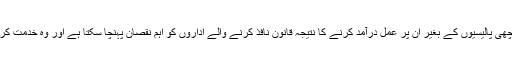
ان کی حمایت کے لئے اچھی پالیسیوں کے بغیر ان پر عمل درآمد کرنے کا نتیجہ قانون نافذ کرنے والے اداروں کو اہم نقصان پہنچا سکتا ہے اور وہ خدمت کرنے کا ارادہ رکھتے ہیں۔